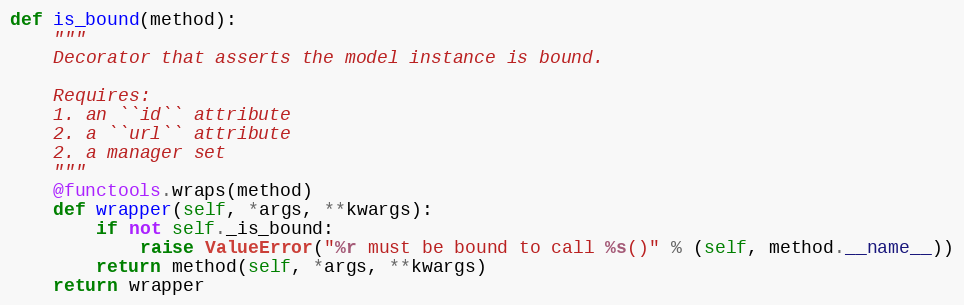
Language: Python
def is_bound(method):
    """
    Decorator that asserts the model instance is bound.

    Requires:
    1. an ``id`` attribute
    2. a ``url`` attribute
    2. a manager set
    """
    @functools.wraps(method)
    def wrapper(self, *args, **kwargs):
        if not self._is_bound:
            raise ValueError("%r must be bound to call %s()" % (self, method.__name__))
        return method(self, *args, **kwargs)
    return wrapper